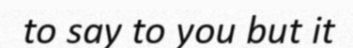
to say to you but it